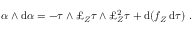
\alpha \wedge \mathrm { d } \alpha = - \tau \wedge \pounds _ { Z } \tau \wedge \pounds _ { Z } ^ { 2 } \tau + \mathrm { d } ( f _ { Z } \, \mathrm { d } \tau ) \ .